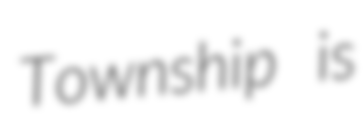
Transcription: Township is